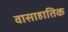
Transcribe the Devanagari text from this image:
वासाहातिक